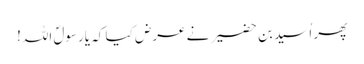
پھر اُسید بن حضیر نے عرض کیا کہ یارسولؐ اللہ!